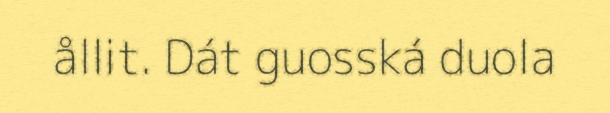
ållit. Dát guosská duola